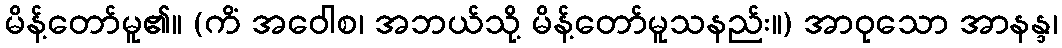
မိန့်တော်မူ၏။ (ကိံ အဝေါစ၊ အဘယ်သို့ မိန့်တော်မူသနည်း။) အာဝုသော အာနန္ဒ၊